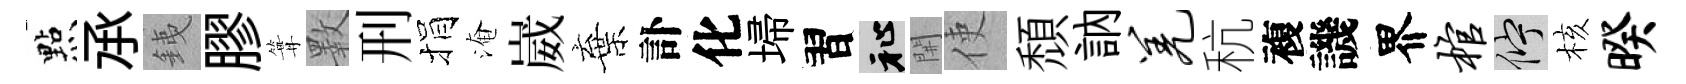
㸃𠄘銕膠篝斁刑捐淹崴棄訃化埽習祉𨳩使頽訥羌秔複譏界棺伫核暌